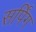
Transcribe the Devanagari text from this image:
सर्पिंग